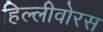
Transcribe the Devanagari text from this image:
हिल्लीवोरस